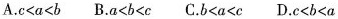
A.$$c < a <b$$ B.$$a < b < c$$ C.$$b < a < c$$ D.$$c < b < a$$